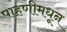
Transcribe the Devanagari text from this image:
पाहणीमधून